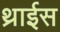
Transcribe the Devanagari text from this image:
थ्राईस